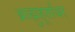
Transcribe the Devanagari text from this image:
ब्राह्मुहूर्तावर